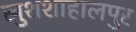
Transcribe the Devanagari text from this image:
खुशशाहालपुर